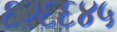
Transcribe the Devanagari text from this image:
६२६६४५